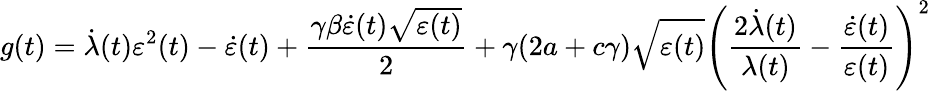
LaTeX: g(t)=\dot{\lambda}(t)\varepsilon^{2}(t)-\dot{\varepsilon}(t)+\frac{\gamma\beta\dot{\varepsilon}(t)\sqrt{\varepsilon(t)}}{2}+\gamma(2a+c\gamma)\sqrt{\varepsilon(t)}\left(\frac{2\dot{\lambda}(t)}{\lambda(t)}-\frac{\dot{\varepsilon}(t)}{\varepsilon(t)}\right)^{2}